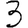
Digit: 3